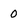
Character: 0